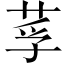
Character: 莩